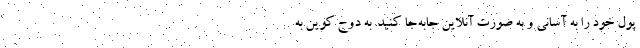
پول خود را به آسانی و به صورت آنلاین جابه‌جا کنید. به دوج کوین به